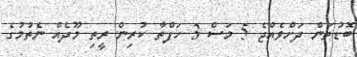
ބޮޑުތަން ދަށްވެއްޖެ 5 މަސް 3 ހަފްތާ ކުރިން ރީތި މޫދެއް ނެތުމުގެ